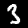
Label: 3